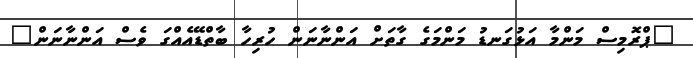
"ޕްރޮމިސް މަންމާ އަޅުގަނޑު މަންމަގެ ގާތަށް އަންނާނަން ހުރިހާ ބާތްޑޭއެއްގަ ވެސް އަންނާނަން"